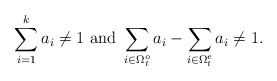
\begin{align*} \sum_{i=1}^k a_i \neq 1 \,\, {\rm and} \,\, \sum_{i\in \Omega_t^o}a_i-\sum_{i\in \Omega_t^e}a_i \neq 1 .\end{align*}